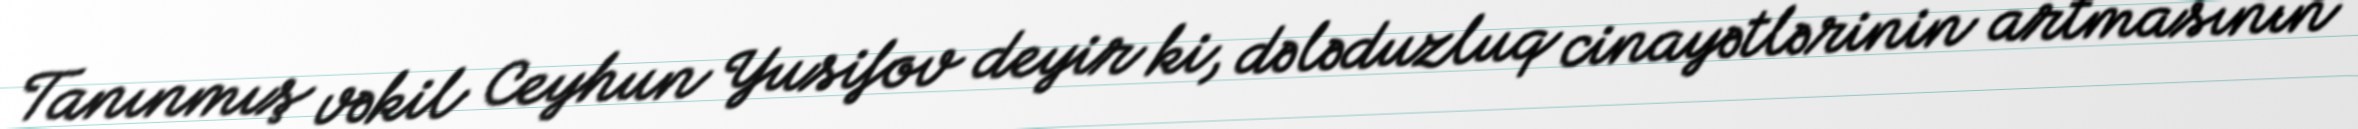
Tanınmış vəkil Ceyhun Yusifov deyir ki, dələduzluq cinayətlərinin artmasının